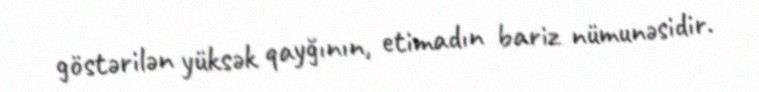
göstərilən yüksək qayğının, etimadın bariz nümunəsidir.